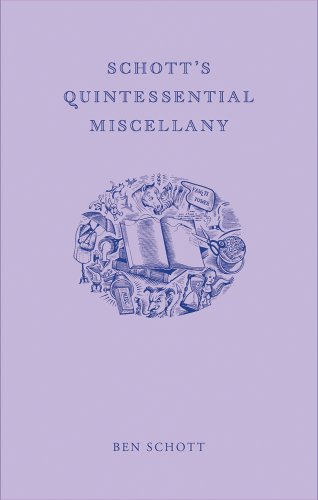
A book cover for Schott's Quintessential Miscellany (Indispensable Irrelevance); Ben Schott; Humor & Entertainment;